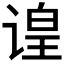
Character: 𬤍